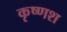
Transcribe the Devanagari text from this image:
कृष्णश